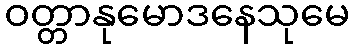
ဝတ္တာနုမောဒနေသုမေ